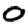
Digit: 0